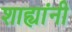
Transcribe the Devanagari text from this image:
शाह्यांनी